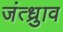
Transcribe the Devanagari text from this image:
जंत्ध्रुाव